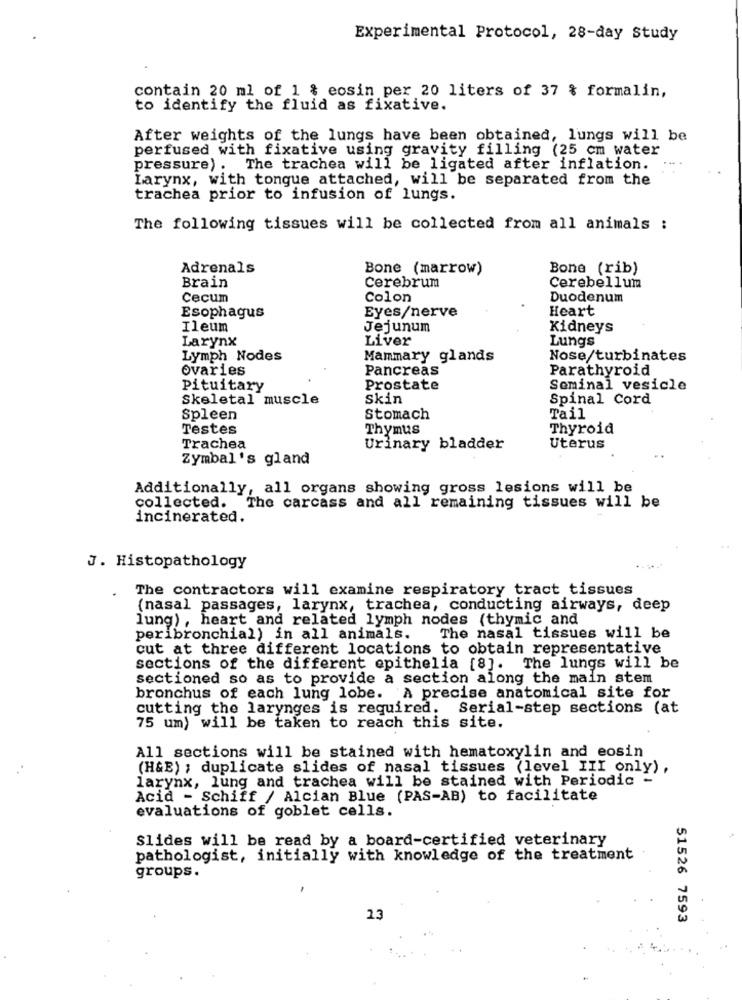
Experimental Protocol, 28-day Study
contain 20 ml of 1 % eosin per 20 liters of 37 & formalin,
to identify the fluid as fixative.
After weights of the lungs have been obtained, lungs will be
perfused with fixative using gravity filling (25 cm water
pressure) . The trachea will be ligated after inflation.
Larynx, with tongue attached, will be separated from the
trachea prior to infusion of lungs.
The following tissues will be collected from all animals :
Adrenals
Bone (marrow)
Bone (rib)
Brain
Cerebrum
Cerebellum
Cecum
Colon
Duodenum
Esophagus
Eyes/nerve
Heart
Ileum
Jejunum
Kidneys
Larynx
Liver
Lungs
Lymph Nodes
Mammary glands
Nose/turbinates
ovaries
Pancreas
Parathyroid
Pituitary
Prostate
Seminal vesicle
Skeletal muscle
Skin
Spinal Cord
Spleen
Stomach
Tail
Testes
Thymus
Thyroid
Trachea
Urinary bladder
Uterus
Zymbal's gland
Additionally, all organs showing gross lesions will be
collected. The carcass and all remaining tissues will be
incinerated.
J. Histopathology
The contractors will examine respiratory tract tissues
(nasal passages, larynx, trachea, conducting airways, deep
lung) , heart and related lymph nodes (thymic and
peribronchial) in all animals.
The nasal tissues will be
cut at three different locations to obtain representative
sections of the different epithelia [8]. The lungs will be
sectioned so as to provide a section along the main stem
bronchus of each lung lobe. A precise anatomical site for
cutting the larynges is required.
Serial-step sections (at
75 um) will be taken to reach this site.
All sections will be stained with hematoxylin and eosin
(H&E) ; duplicate slides of nasal tissues (level III only) ,
larynx, lung and trachea will be stained with Periodic -
Acid - Schiff / Alcian Blue (PAS-AB) to facilitate
evaluations of goblet cells.
Slides will be read by a board-certified veterinary
pathologist, initially with knowledge of the treatment
groups.
13
51526 7593